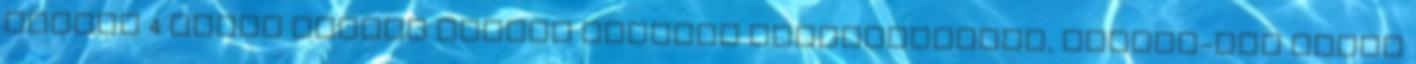
utóbbi 4 évben nagyon ráállt napelem szereltetésre, Iphone-ján tudja